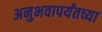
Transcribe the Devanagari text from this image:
अनुभवापर्यंतच्या